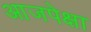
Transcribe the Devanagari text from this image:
आजपेक्षा